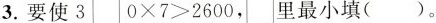
3.要使3\Box 0×7>2600，\Box 里最小填()